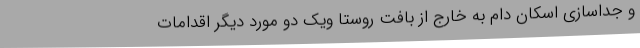
و جداسازی اسکان دام به خارج از بافت روستا ویک دو مورد دیگر اقدامات